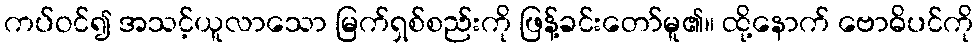
ကပ်ဝင်၍ အသင့်ယူလာသော မြက်ရှစ်စည်းကို ဖြန့်ခင်းတော်မူ၏။ ထို့နောက် ဗောဓိပင်ကို